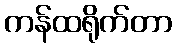
ကန်ထရိုက်တာ